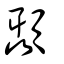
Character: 顳